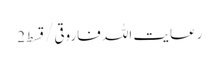
رعایت اللہ فاروقی/ قسط2